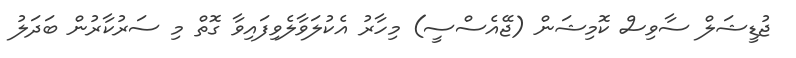
ޖުޑީޝަލް ސާވިސް ކޮމިޝަން (ޖޭއެސްސީ) މިހާރު އެކުލަވާލެވިފައިވާ ގޮތް މި ސަރުކާރުން ބަދަލު